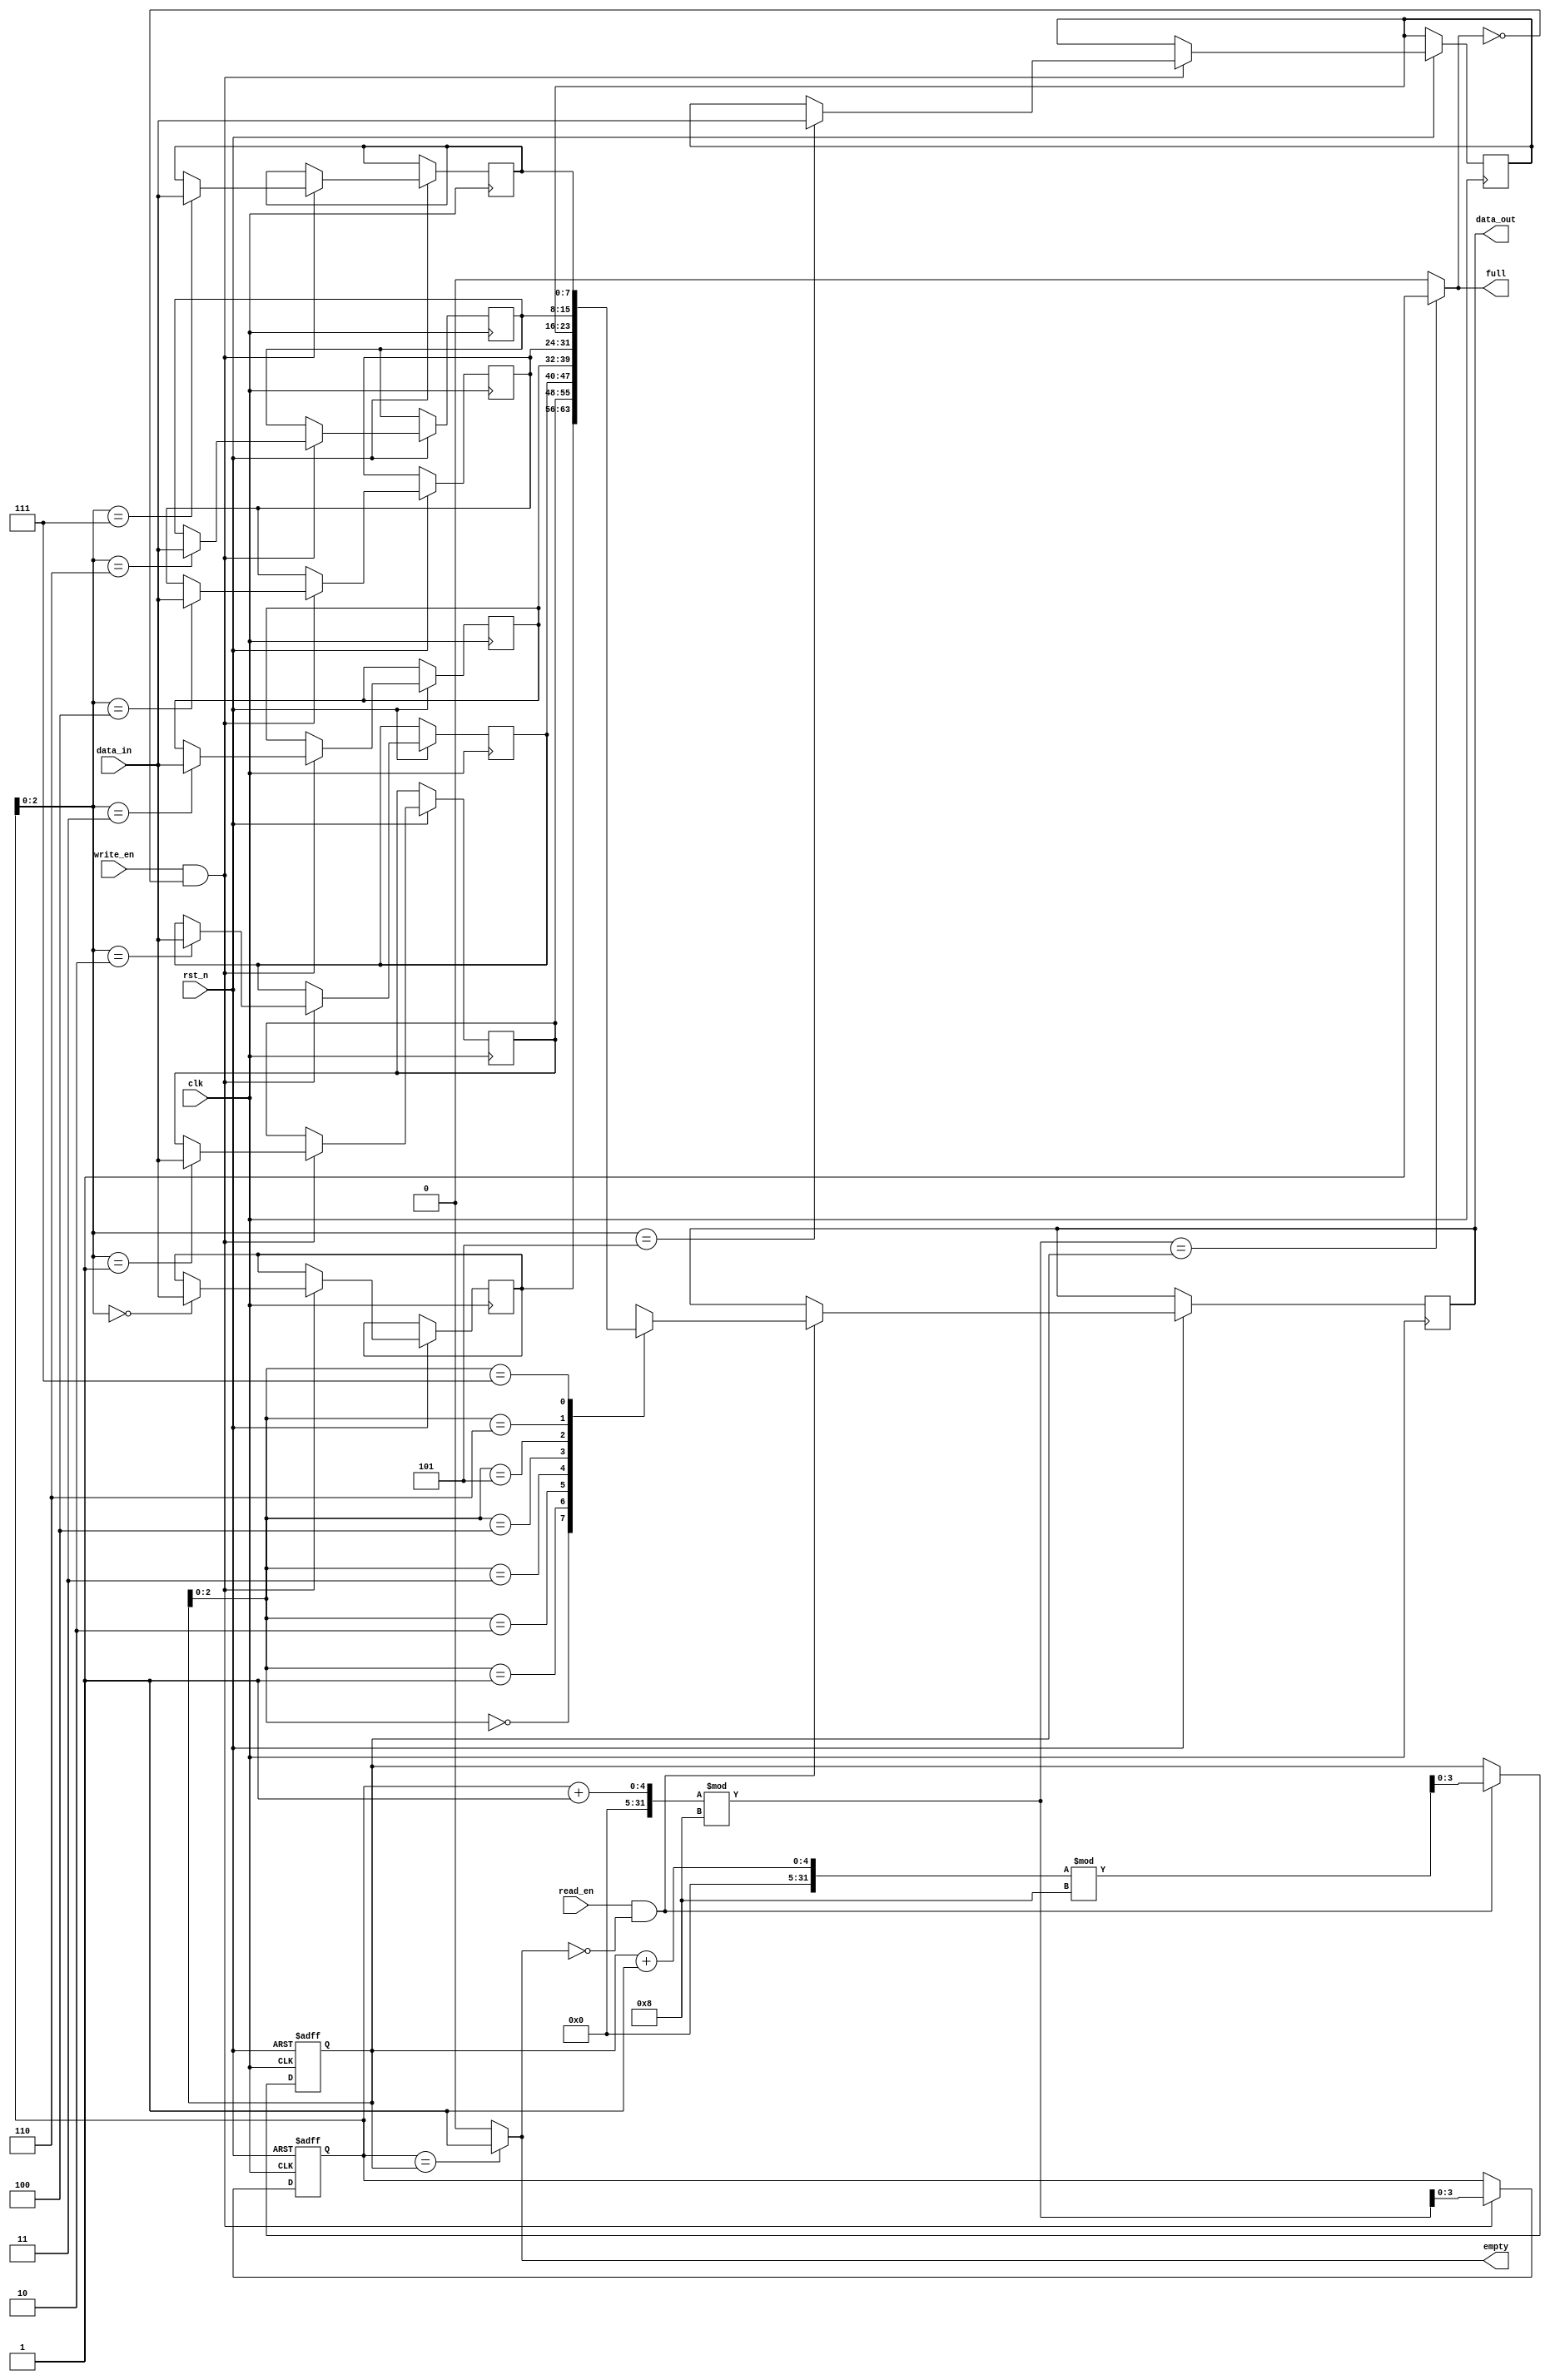
module Circular_FIFO (
    input wire clk,
    input wire rst_n,
    input wire write_en,
    input wire read_en,
    input wire [7:0] data_in,
    output reg [7:0] data_out,
    output reg full,
    output reg empty
);

parameter SIZE = 8; // Size of the circular buffer
reg [7:0] buffer [SIZE-1:0]; // Circular buffer to store data
reg [3:0] write_ptr = 0; // Write pointer
reg [3:0] read_ptr = 0; // Read pointer

// Empty and full conditions
always @(*)
begin
    if (write_ptr == read_ptr)
        empty = 1;
    else
        empty = 0;

    if (((write_ptr+1) % SIZE) == read_ptr)
        full = 1;
    else
        full = 0;
end

// Data write operation
always @(posedge clk or negedge rst_n)
begin
    if (~rst_n)
        write_ptr <= 0;
    else if (write_en && ~full)
    begin
        buffer[write_ptr] <= data_in;
        write_ptr <= (write_ptr + 1) % SIZE;
    end
end

// Data read operation
always @(posedge clk or negedge rst_n)
begin
    if (~rst_n)
        read_ptr <= 0;
    else if (read_en && ~empty)
    begin
        data_out <= buffer[read_ptr];
        read_ptr <= (read_ptr + 1) % SIZE;
    end
end

endmodule